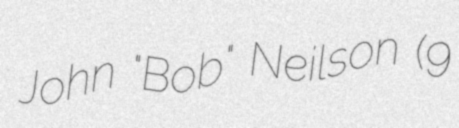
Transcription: John "Bob" Neilson (9